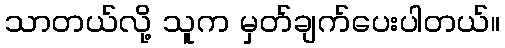
သာတယ်လို့ သူက မှတ်ချက်ပေးပါတယ်။